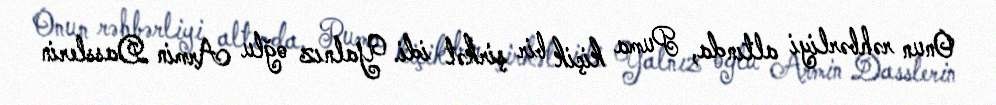
Onun rəhbərliyi altında, Puma kiçik bir şirkət idi. Yalnız oğlu Armin Dasslerin